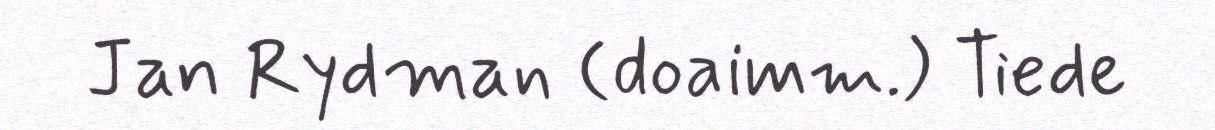
Jan Rydman (doaimm.) Tiede